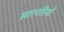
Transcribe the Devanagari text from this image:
सारणीयाँ